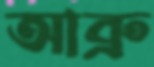
আব্রু